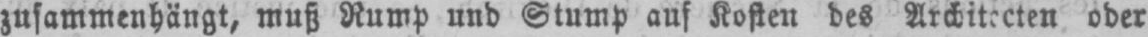
zusammenhängt, muß Rump und Stump auf Kosten des Architecten oder